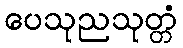
ပေသုညသုတ္တံ